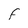
Character: F